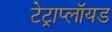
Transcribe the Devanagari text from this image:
टेट्राप्लॉयड